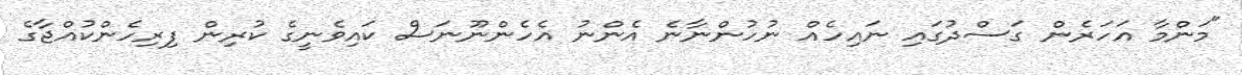
"މަންމާ އަހަރެން ގަސްދުގައި ނައިހެއް ނުހުންނާނެ އެންނު އެހެންނޫނަސް ކައިވެނީގެ ކުރިން ފިރިހެންކުއްޖާގެ